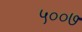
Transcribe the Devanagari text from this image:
५००७